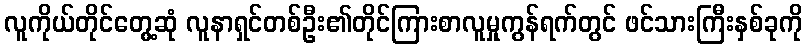
လူကိုယ်တိုင်တွေ့ဆုံ လူနာရှင်တစ်ဦး၏တိုင်ကြားစာလူမှုကွန်ရက်တွင် ဖင်သားကြီးနှစ်ခုကို